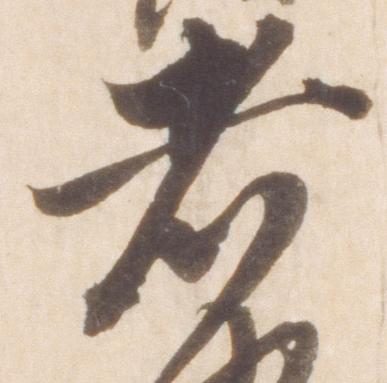
者